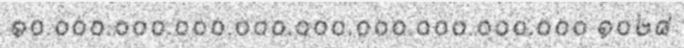
១០.០០០.០០០.០០០.០០០.០០០.០០០.០០០.០០០.០០០ ១០២៨